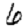
Digit: 6